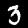
Label: 3